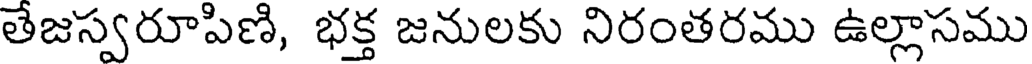
తేజస్వరూపిణి, భక్త జనులకు నిరంతరము ఉల్లాసము